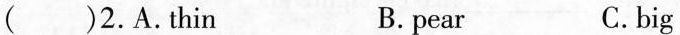
（)2.A.Thin B. pear C.big